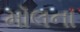
મૉલના